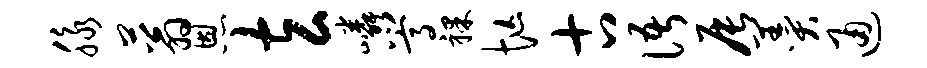
脉蓊恩玄嶙嵩裸忙古语辰羹通